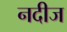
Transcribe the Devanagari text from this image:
नदीज